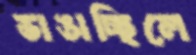
ভাঙাচ্ছিলে